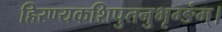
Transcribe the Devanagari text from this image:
हिरण्यकशिपुतनुभृग्ङंम्।